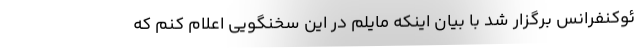
ئوکنفرانس برگزار شد با بیان اینکه مایلم در این سخنگویی اعلام کنم که